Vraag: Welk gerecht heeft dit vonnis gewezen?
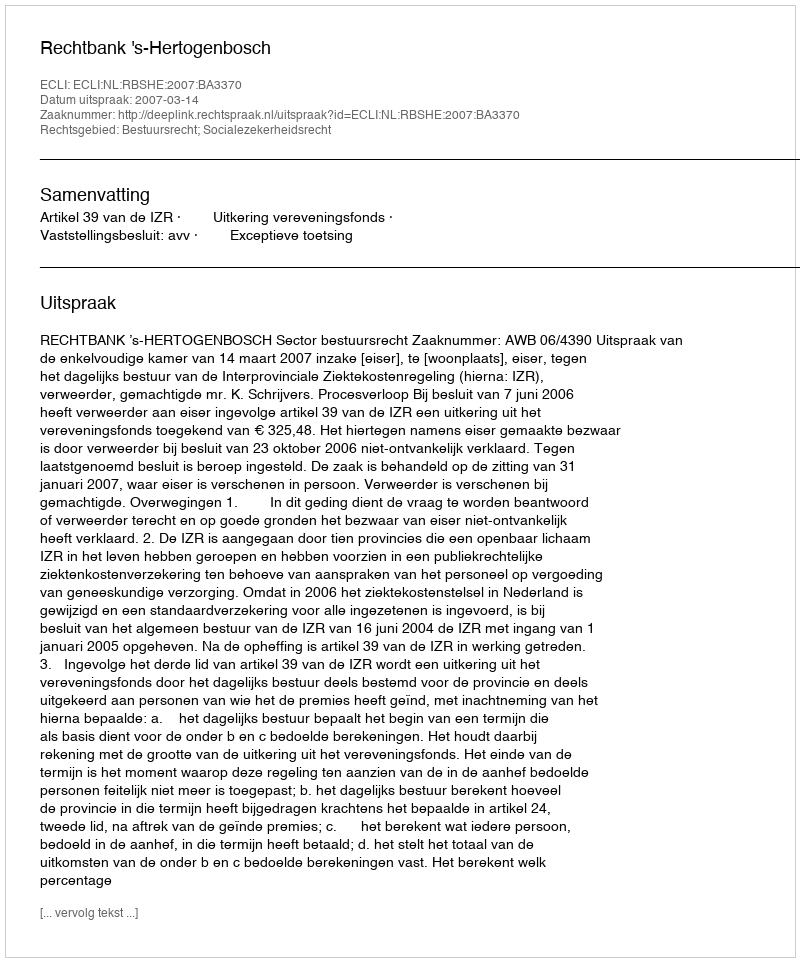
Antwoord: Rechtbank 's-Hertogenbosch